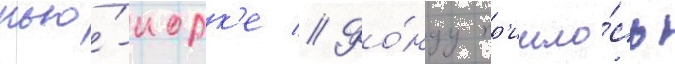
нью́-иорк'е // Фо́нду пр'ишло́сь